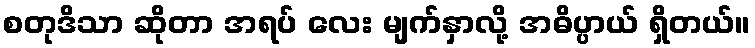
စတုဒိသာ ဆိုတာ အရပ် လေး မျက်နှာလို့ အဓိပ္ပာယ် ရှိတယ်။